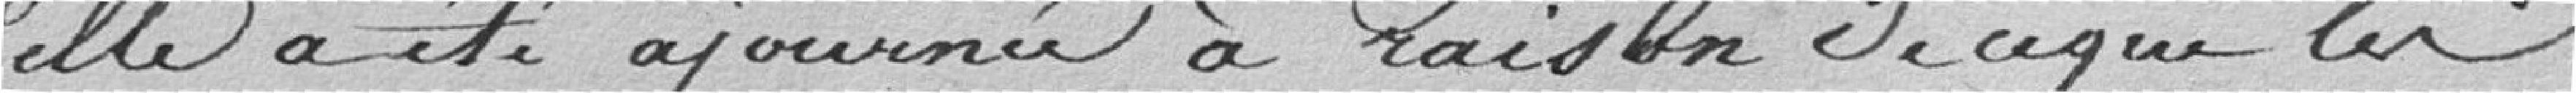
elle a été ajournée à raison de ce que les